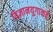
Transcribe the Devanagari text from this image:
विज्ञानयुगाकडे